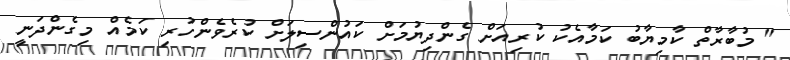
" މުބާރާތް ކާމިޔާބު ކަމާއެކު ކުރިއަށް ގެންދިޔުމަށް ކައުންސިލަށް ކުރެވެންހުރި ކަމެއް މިގެންދަނީ